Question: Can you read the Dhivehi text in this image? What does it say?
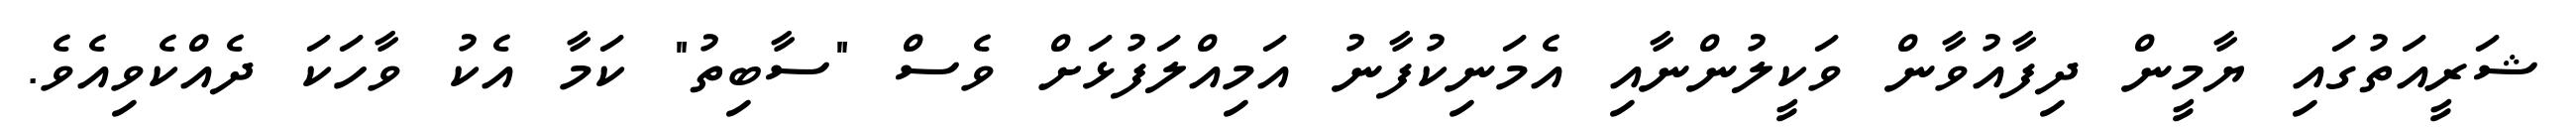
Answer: ޝަރީއަތުގައި ޔާމީން ދިފާއުވާން ވަކީލުންނާއި އެމަނިކުފާނު އަމިއްލަފުޅަށް ވެސް "ސާބިތު" ކަމާ އެކު ވާހަކަ ދެއްކެވިއެވެ.